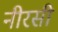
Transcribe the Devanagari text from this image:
नीरसी